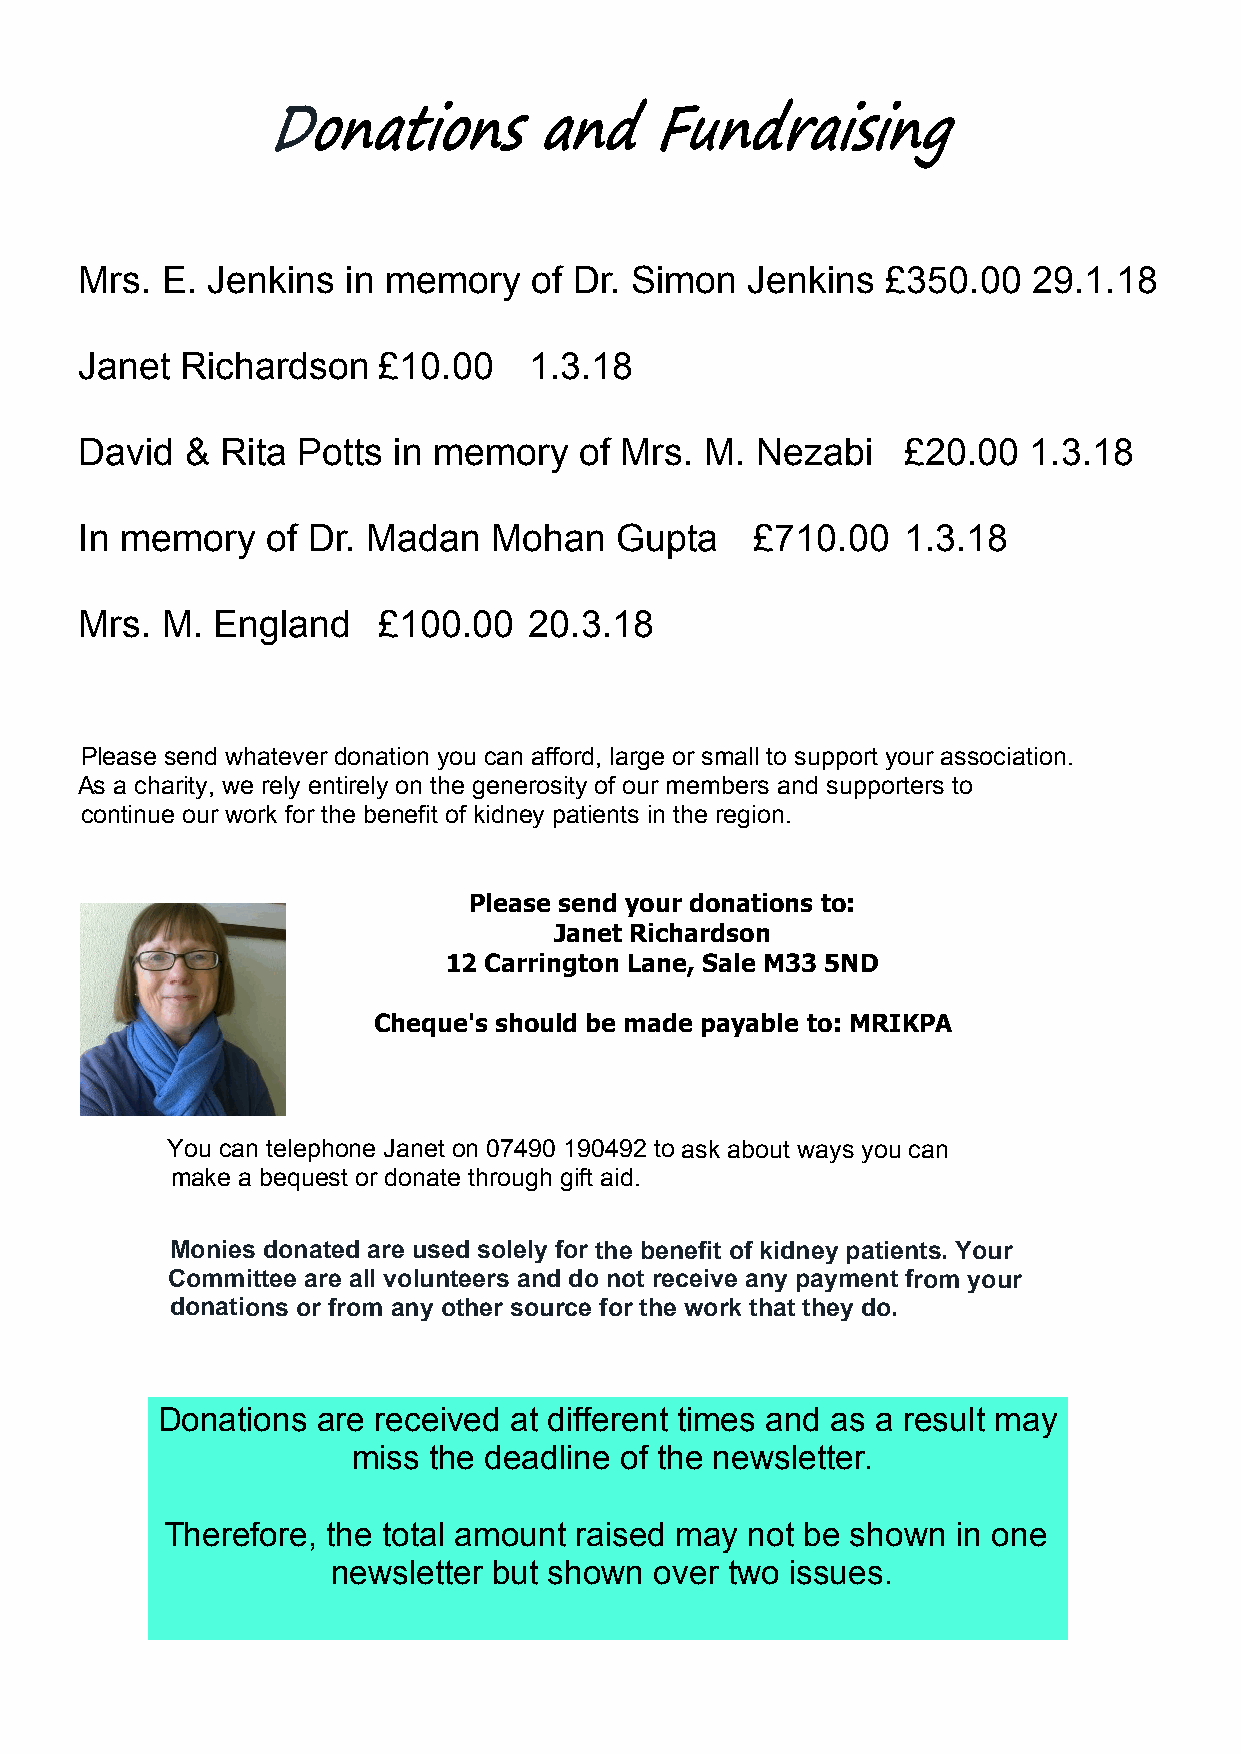
Mrs.  E. Jenkins  in memory   of Dr. Simon  Jenkins   £350.00  29.1.18
 Janet  Richardson   £10.00    1.3.18
 David  &  Rita Potts in memory   of Mrs.  M. Nezabi    £20.00  1.3.18
 In memory    of Dr. Madan   Mohan   Gupta    £710.00   1.3.18
 Mrs.  M. England    £100.00   20.3.18
 Please send whatever donation you can afford, large or small to support your association.
 As a charity, we rely entirely on the generosity of our members and supporters to
 continue our work for the benefit of kidney patients in the region.
 Please send your donations to:
 Janet Richardson
 12 Carrington Lane, Sale M33 5ND
 Cheque's should be made payable to: MRIKPA
 You can telephone Janet on 07490 190492 to ask about ways you can
 make a bequest or donate through gift aid.
 Monies donated are used solely for the benefit of kidney patients. Your
 Committee are all volunteers and do not receive any payment from your
 donations or from any other source for the work that they do.
 Donations  are received at different times and as a result may
 miss the deadline of the newsletter.
 Therefore, the total amount raised may not be shown in one
 newsletter but shown over two issues.